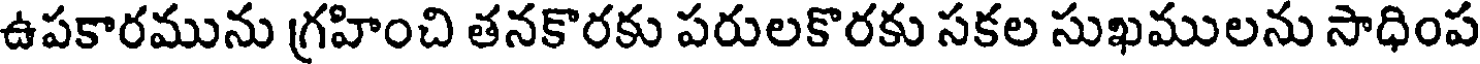
ఉపకారమును గ్రహించి తనకొరకు పరులకొరకు సకల సుఖములను సాధింప